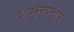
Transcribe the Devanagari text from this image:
हिचकूंगाइस्लाम